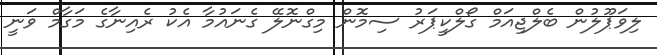
ލިވަޕޫލުން ބެލްޖިއަމް ގޯލްކީޕަރު ސިމޮން މިގްނޮލޭ ގެނައުމާ އެކު ރެއިނާގެ މަގާމް ވަނީ